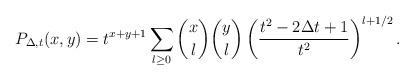
LaTeX: \begin{align*}P_{\Delta,t}(x,y)=t^{x+y+1}\sum_{l\geq 0}\binom{x}{l}\binom{y}{l} \left(\frac{t^2-2\Delta t+1}{t^2}\right)^{l+1/2}.\end{align*}